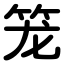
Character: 笼